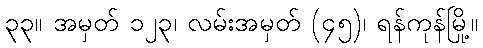
၃၃။ အမှတ် ၁၂၃၊ လမ်းအမှတ် (၄၅)၊ ရန်ကုန်မြို့။